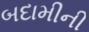
બદામીની